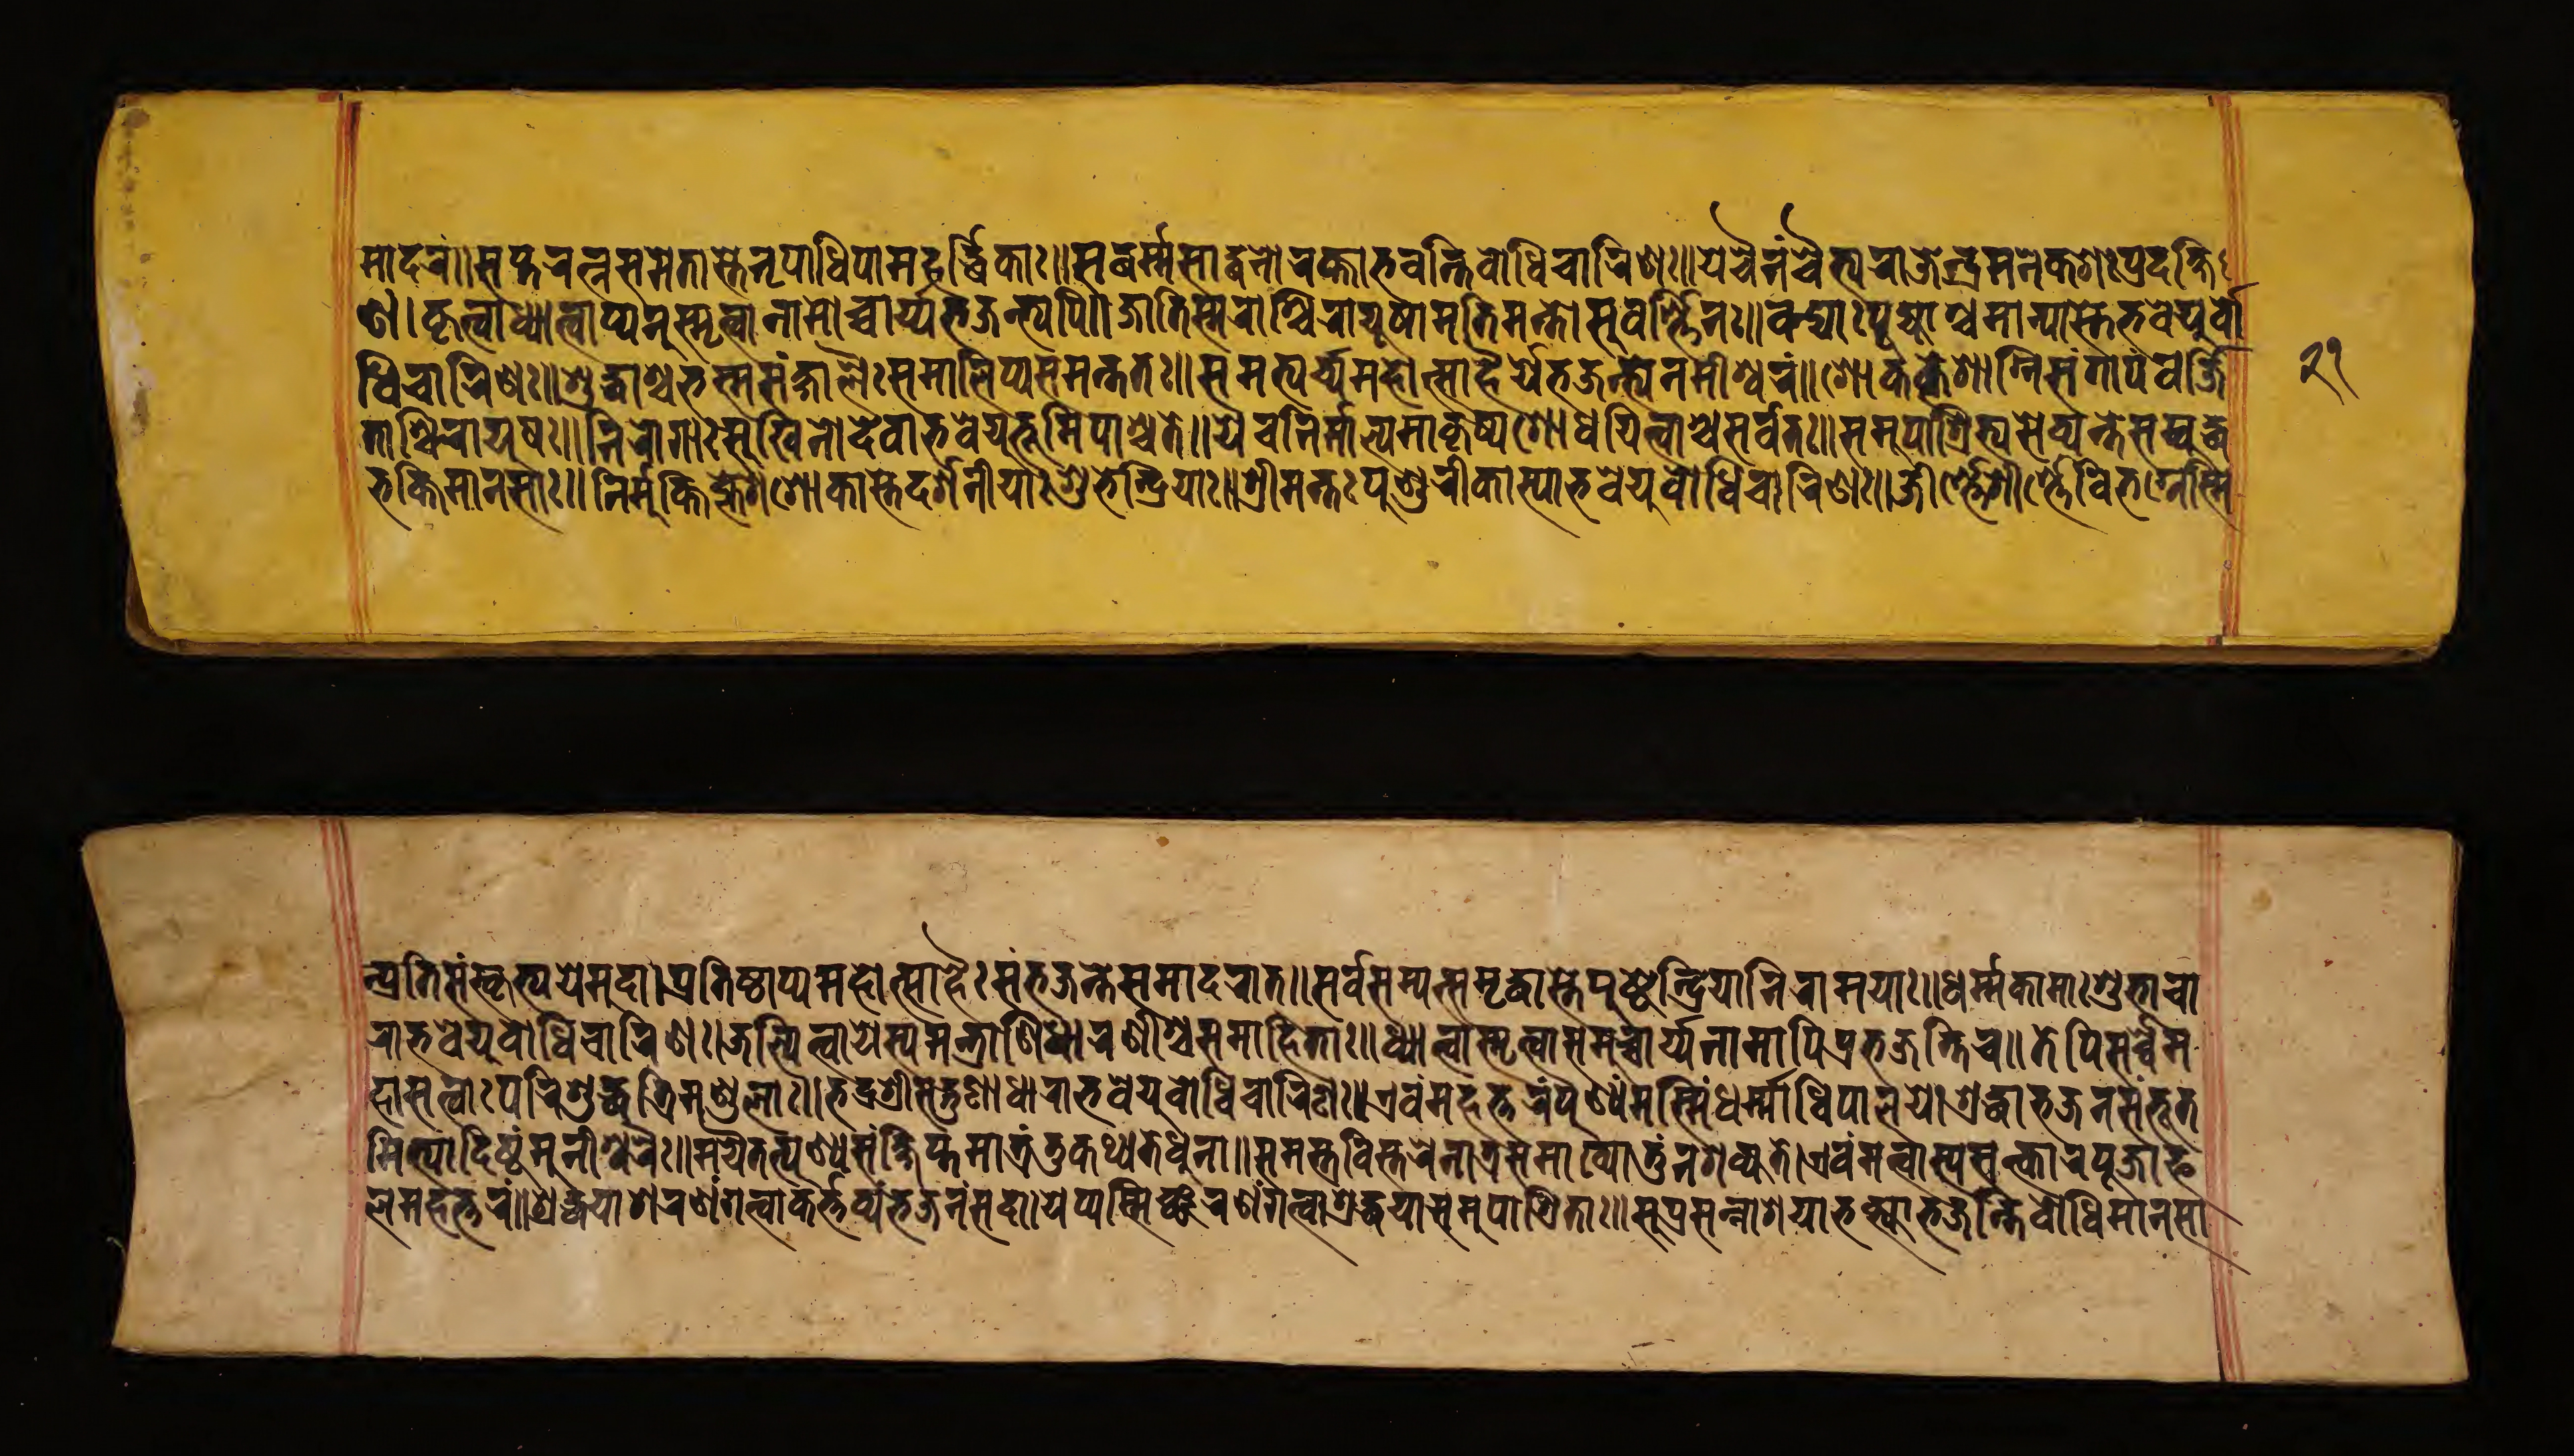
𑐩𑐵𑐡𑐬𑑄॥𑐳𑐥𑑂𑐟𑐬𑐟𑑂𑐣𑐳𑐩𑐾𑐟𑐵𑐳𑑂𑐟𑐾𑐣𑐺𑐥𑐵𑐢𑐶𑐥𑐵𑐩𑐴𑐬𑑂𑐢𑐶𑐎𑐵𑑅॥𑐳𑐡𑑂𑐢𑐬𑑂𑐩𑑂𑐩𑐳𑐵𑐢𑐣𑐵𑐬𑐎𑑂𑐟𑐵𑐨𑐰𑐣𑑂𑐟𑐶𑐧𑑀𑐢𑐶𑐔𑐵𑐬𑐶𑐞𑑅॥𑐫𑐾𑐔𑐿𑐣𑑄𑐔𑐿𑐟𑑂𑐫𑐬𑐵𑐖𑐾𑐣𑑂𑐡𑑂𑐬𑐩𑐣𑐾𑐎𑐱𑑅𑐥𑑂𑐬𑐡𑐎𑑂𑐲𑐶 𑐞𑐵𑑄।𑐎𑐺𑐟𑑂𑐰𑐵𑐢𑑂𑐫𑐵𑐟𑑂𑐰𑐵𑐥𑑂𑐫𑐣𑐸𑐳𑑂𑐩𑐺𑐟𑑂𑐰𑐵𑐣𑐵𑐩𑑀𑐔𑑂𑐔𑐵𑐬𑑂𑐫𑐨𑐖𑐣𑑂𑐟𑑂𑐫𑐥𑐶॥𑐖𑐵𑐟𑐶𑐳𑑂𑐩𑐬𑐵𑐱𑑂𑐔𑐶𑐬𑐵𑐫𑐸𑐲𑑂𑐎𑐵𑐩𑐟𑐶𑐩𑐣𑑂𑐟𑑅𑐳𑐸𑐰𑐬𑑂𑐞𑑂𑐞𑐶𑐣𑑅॥𑐰𑐣𑑂𑐡𑑂𑐫𑐵𑑅𑐥𑐹𑐖𑑂𑐫𑐵𑐱𑑂𑐔𑐩𑐵𑐣𑑂𑐫𑐵𑐳𑑂𑐟𑐾𑐨𑐰𑐾𑐫𑐸𑐬𑑂𑐧𑑀 𑐢𑐶𑐔𑐵𑐬𑐶𑐞𑑅॥𑐱𑐸𑐡𑑂𑐢𑐵𑐱𑑂𑐔𑐨𑐳𑑂𑐩𑐳𑑄𑐎𑑂𑐲𑐵𑐮𑐿𑑅𑐳𑐩𑐵𑐮𑐶𑐥𑑂𑐫𑐳𑐩𑐣𑑂𑐟𑐟𑑅॥𑐳𑐩𑐨𑑂𑐫𑐬𑑂𑐔𑑂𑐫𑐩𑐴𑑀𑐟𑑂𑐳𑐵𑐴𑐿𑐫𑐾𑐨𑐖𑐣𑑂𑐟𑑂𑐫𑐾𑐣𑐩𑐷𑐱𑑂𑐰𑐬𑑄॥𑐱𑑀𑐎𑐎𑑂𑐮𑐾𑐱𑐵𑐐𑑂𑐣𑐶𑐳𑑄𑐟𑐵𑐥𑐰𑐶𑐰𑐬𑑂𑐖𑐶 𑐟𑐵𑐱𑑂𑐔𑐶𑐬𑐵𑐫𑐸𑐲𑑅॥𑐣𑐷𑐬𑑀𑐐𑐵𑑅𑐳𑐸𑐏𑐶𑐣𑑀𑐡𑐾𑐰𑐵𑐨𑐰𑐾𑐫𑐸𑐨𑐹𑐩𑐶𑐥𑐵𑐱𑑂𑐔𑐟𑐾॥𑐫𑐾𑐔𑐣𑐶𑐬𑑂𑐩𑐵𑐮𑑂𑐫𑐩𑐵𑐎𑐺𑐲𑑂𑐫𑐱𑑀𑐢𑐫𑐶𑐟𑑂𑐰𑐵𑐟𑑂𑐬𑐳𑐬𑑂𑐰𑐟𑑅॥𑐱𑑂𑐬𑐩𑐸𑐥𑐵𑐱𑑂𑐬𑐶𑐟𑑂𑐫𑐳𑐾𑐰𑑂𑐫𑐣𑑂𑐟𑐾𑐳𑐩𑑂𑐧𑐸𑐡𑑂𑐢 𑐨𑐎𑑂𑐟𑐶𑐩𑐵𑐣𑐳𑐵𑑅॥𑐣𑐶𑐬𑑂𑐩𑐸𑐎𑑂𑐟𑐶𑐎𑑂𑐮𑐾𑐱𑐱𑑀𑐎𑐵𑐳𑑂𑐟𑐾𑐡𑐬𑑂𑐱𑐣𑐷𑐫𑐵𑑅𑐱𑐸𑐨𑐾𑐣𑑂𑐡𑑂𑐬𑐶𑐫𑐵𑑅॥𑐱𑑂𑐬𑐷𑐩𑐣𑑂𑐟𑑅𑐥𑐸𑐞𑑂𑐜𑐬𑐷𑐎𑐵𑐳𑑂𑐫𑐵𑐨𑐰𑐾𑐫𑐸𑐬𑑂𑐧𑑀𑐢𑐶𑐔𑐵𑐬𑐶𑐞𑑅॥𑐖𑐷𑐬𑑂𑐞𑐾𑐱𑐷𑐬𑑂𑐞𑐾𑐰𑐶𑐨𑐐𑑂𑐣𑐾𑐳𑑂𑐩𑐶 𑐣𑑂𑐥𑑂𑐬𑐟𑐶𑐳𑑄𑐳𑑂𑐎𑐺𑐟𑑂𑐫𑐫𑐾𑐩𑐸𑐡𑐵।𑐥𑑂𑐬𑐟𑐶𑐲𑑂𑐛𑐵𑐥𑑂𑐫𑐩𑐴𑑀𑐟𑑂𑐳𑐵𑐴𑐿𑑅𑐳𑑄𑐨𑐖𑐣𑑂𑐟𑐾𑐳𑐩𑐵𑐡𑐬𑐵𑐟𑑂॥𑐳𑐬𑑂𑐰𑐳𑐩𑑂𑐥𑐟𑑂𑐳𑐩𑐺𑐡𑑂𑐢𑐵𑐳𑑂𑐟𑐾𑐥𑐸𑐲𑑂𑐚𑐾𑐣𑑂𑐡𑑂𑐬𑐶𑐫𑐵𑐣𑐶𑐬𑐵𑐩𑐫𑐵𑑅॥𑐢𑐬𑑂𑐩𑐎𑐵𑐩𑐵𑑅𑐱𑐸𑐨𑐵𑐔𑐵 𑐬𑐵𑐨𑐰𑐾𑐫𑐸𑐬𑑂𑐧𑑀𑐢𑐶𑐔𑐵𑐬𑐶𑐞𑑅।𑐖𑐮𑑂𑐥𑐶𑐟𑑂𑐰𑐵𑐫𑐳𑑂𑐫𑐩𑐣𑑂𑐟𑑂𑐬𑐵𑐞𑐶𑐢𑐵𑐬𑐞𑐷𑐱𑑂𑐔𑐳𑐩𑐵𑐴𑐶𑐟𑐵𑑅॥𑐢𑑂𑐫𑐵𑐟𑑂𑐰𑐵𑐳𑑂𑐩𑐺𑐟𑑂𑐰𑐵𑐳𑐩𑐸𑐔𑑂𑐔𑐵𑐬𑑂𑐫𑐣𑐵𑐩𑐵𑐥𑐶𑐥𑑂𑐬𑐨𑐖𑐣𑑂𑐟𑐶𑐔॥𑐟𑐾𑐥𑐶𑐳𑐬𑑂𑐰𑐾𑐩 𑐴𑐵𑐳𑐟𑑂𑐟𑑂𑐰𑐵𑑅𑐥𑐬𑐶𑐱𑐸𑐡𑑂𑐢𑐟𑑂𑐬𑐶𑐩𑐞𑑂𑐜𑐮𑐵𑑅॥𑐨𑐡𑑂𑐬𑐱𑑂𑐬𑐷𑐳𑐡𑑂𑐐𑐸𑐞𑐵𑐢𑐵𑐬𑐵𑐨𑐰𑐾𑐫𑐸𑐬𑑂𑐧𑑀𑐢𑐶𑐔𑐵𑐬𑐶𑐞𑑅॥𑐊𑐰𑑄𑐩𑐴𑐟𑑂𑐟𑐬𑑄𑐥𑐸𑐞𑑂𑐫𑐩𑐳𑑂𑐩𑐶𑑄𑐢𑐬𑑂𑐩𑑂𑐩𑐵𑐢𑐶𑐥𑐵𑐮𑐫𑐾।𑐱𑑂𑐬𑐡𑑂𑐢𑐵𑐨𑐖𑐣𑐳𑑄𑐨𑐹𑐟𑑂  𑐀𑐩𑐶𑐟𑑂𑐫𑐵𑐡𑐶𑐲𑑂𑐚𑑄𑐩𑐸𑐣𑐷𑐱𑑂𑐰𑐬𑐿𑑅॥𑐩𑐫𑐿𑐟𑐟𑑂𑐥𑐸𑐞𑑂𑐫𑐳𑑄𑐎𑑂𑐲𑐶𑐥𑑂𑐟𑐩𑐵𑐟𑑂𑐬𑑄𑐟𑐸𑐎𑐠𑑂𑐫𑐟𑐾𑐢𑐸𑐣𑐵॥𑐳𑐩𑐐𑑂𑐬𑑄𑐰𑐶𑐳𑑂𑐟𑐬𑐾𑐣𑐵𑐟𑑂𑐬𑐳𑐩𑐵𑐏𑑂𑐫𑐵𑐟𑐸𑑄𑐣𑐱𑐎𑑂𑐫𑐟𑐾।𑐊𑐰𑑄𑐩𑐟𑑂𑐰𑐵𑐳𑑂𑐫𑐳𑐟𑑂𑐎𑐵𑐬𑐥𑐹𑐖𑐵𑐦 𑐮𑐩𑐴𑐟𑑂𑐟𑐬𑑄॥𑐱𑑂𑐬𑐡𑑂𑐢𑐫𑐵𑐱𑐬𑐞𑑄𑐐𑐟𑑂𑐰𑐵𑐎𑐬𑑂𑐟𑐰𑑂𑐫𑑄𑐨𑐖𑐣𑑄𑐳𑐡𑐵।𑐫𑐾𑐥𑑂𑐫𑐳𑑂𑐩𑐶𑑄𑐘𑑂𑐕𑐬𑐞𑑄𑐐𑐟𑑂𑐰𑐵𑐱𑑂𑐬𑐡𑑂𑐢𑐫𑐵𑐳𑐩𑐸𑐥𑐵𑐱𑑂𑐬𑐶𑐟𑐵𑑅॥𑐳𑐸𑐥𑑂𑐬𑐳𑐣𑑂𑐣𑐵𑐱𑐫𑐵𑐨𑐎𑑂𑐟𑑂𑐫𑐵𑐨𑐖𑐣𑑂𑐟𑐶𑐧𑑀𑐢𑐶𑐩𑐵𑐣𑐳𑐵 𑑒𑑑